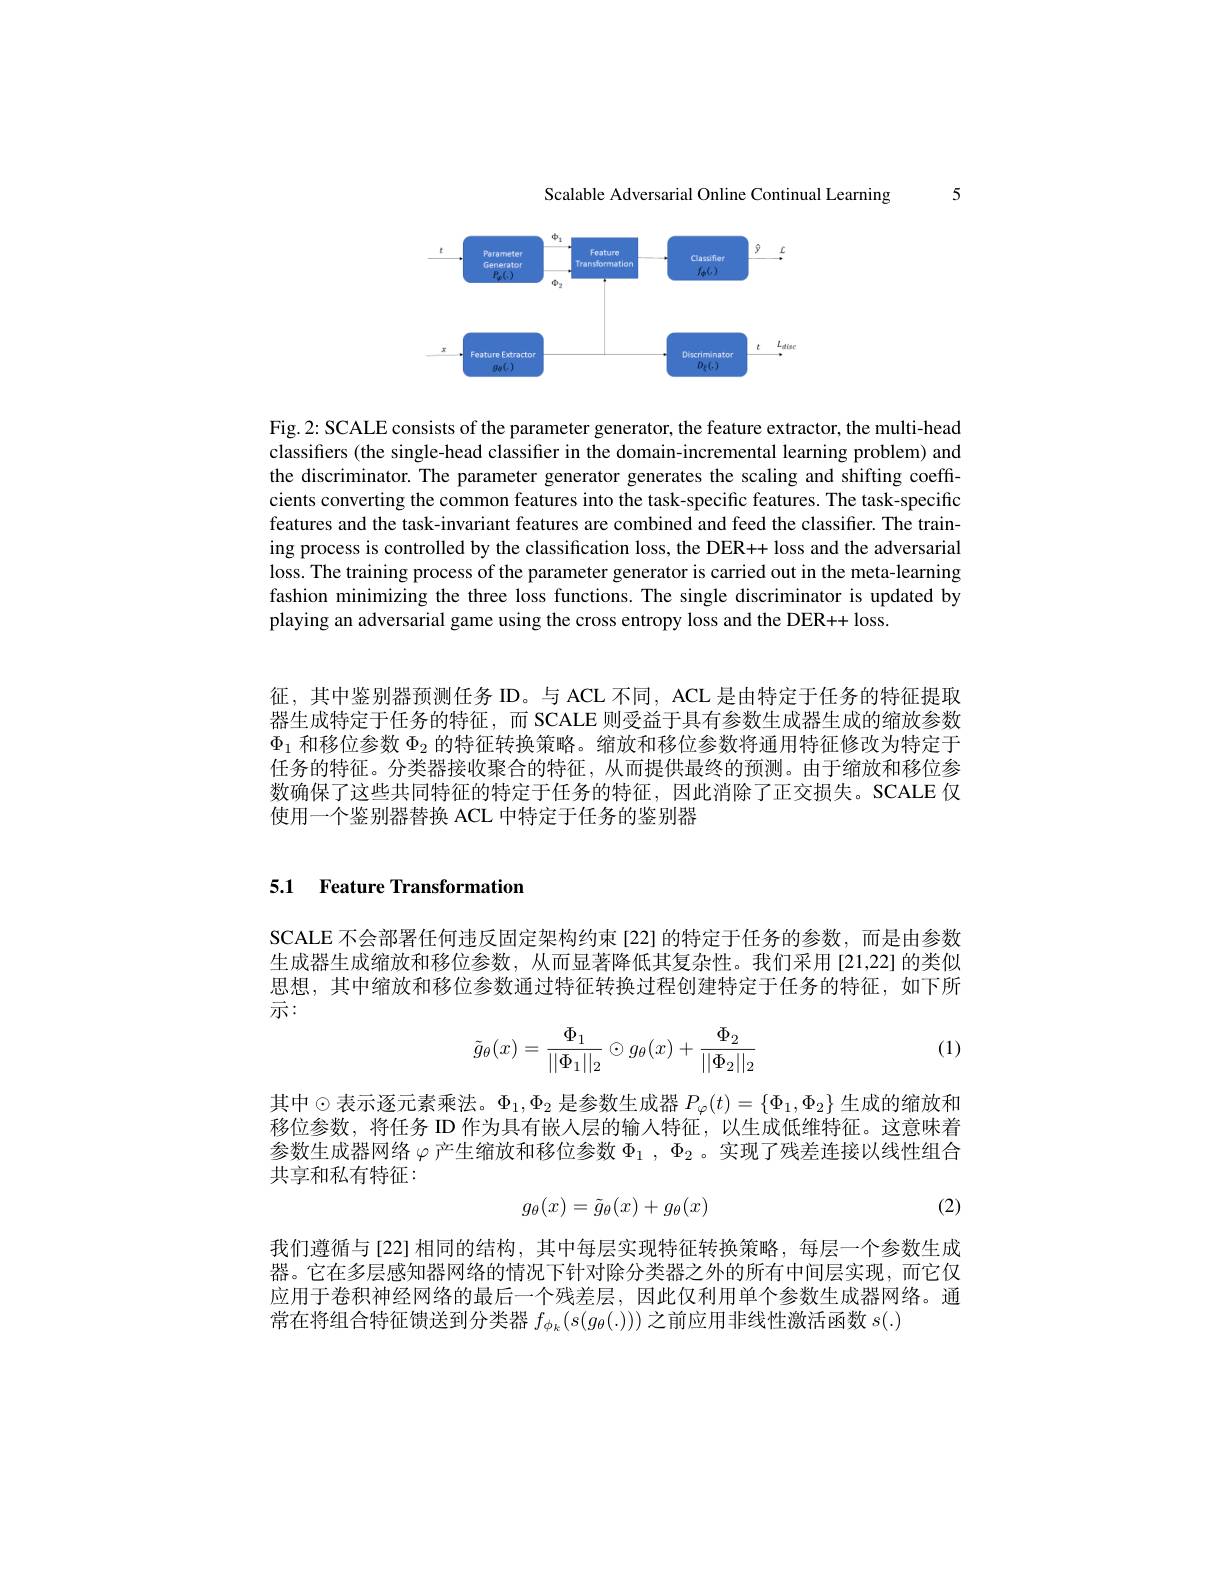
Scalable Adversarial Online Continual Learning

5

<FigureHere>

Fig. 2: SCALE consists of the parameter generator, the feature extractor, the multi-head classifiers (the single-head classifier in the domain-incremental learning problem) and the discriminator. The parameter generator generates the scaling and shifting coefficients converting the common features into the task-specific features. The task-specific features and the task-invariant features are combined and feed the classifier. The training process is controlled by the classification loss, the DER++ loss and the adversarial loss. The training process of the parameter generator is carried out in the meta-learning fashion minimizing the three loss functions. The single discriminator is updated by playing an adversarial game using the cross entropy loss and the DER++ loss

征，其中鉴别器预测任务 ID。与 ACL 不同，ACL 是由特定于任务的特征提取器生成特定于任务的特征，而 SCALE 则受益于具有参数生成器生成的缩放参数$\Phi_1$和移位参数$\Phi_2$的特征转换策略。缩放和移位参数将通用特征修改为特定于任务的特征。分类器接收聚合的特征，从而提供最终的预测。由于缩放和移位参数确保了这些共同特征的特定于任务的特征，因此消除了正交损失。SCALE 仅使用一个鉴别器替换 ACL 中特定于任务的鉴别器

## 5.1 Feature Transformation

SCALE 不会部署任何违反固定架构约束[22]的特定于任务的参数，而是由参数生成器生成缩放和移位参数，从而显著降低其复杂性。我们采用[21,22]的类似思想，其中缩放和移位参数通过特征转换过程创建特定于任务的特征，如下所示：

(1)
$$\tilde{g}_\theta(x)=\frac{\Phi_1}{||\Phi_1||_2}\odot g_\theta(x)+\frac{\Phi_2}{||\Phi_2||_2}$$
其中$\odot$表示逐元素乘法。$\Phi_1,\Phi_2$ 是参数生成器 $P_\varphi(t)=\{\Phi_1,\Phi_2\}$ 生成的缩放和移位参数，将任务 ID 作为具有嵌人层的输入特征，以生成低维特征。这意味着参数生成器网络$\varphi$产生缩放和移位参数$\Phi_1,\Phi_2$ 。实现了残差连接以线性组合共享和私有特征：

(2)
$$g_\theta(x)=\tilde{g}_\theta(x)+g_\theta(x)$$
我们遵循与[22]相同的结构，其中每层实现特征转换策略，每层一个参数生成器。它在多层感知器网络的情况下针对除分类器之外的所有中间层实现，而它仅应用于卷积神经网络的最后一个残差层，因此仅利用单个参数生成器网络。通常在将组合特征馈送到分类器$f_{\phi_k}(s(g_\theta(.)))$之前应用非线性激活函数$s(.)$